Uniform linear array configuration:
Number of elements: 16
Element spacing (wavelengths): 0.75
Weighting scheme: hamming
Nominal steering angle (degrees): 60
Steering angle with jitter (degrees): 60.241
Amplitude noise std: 0.05
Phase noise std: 0.05

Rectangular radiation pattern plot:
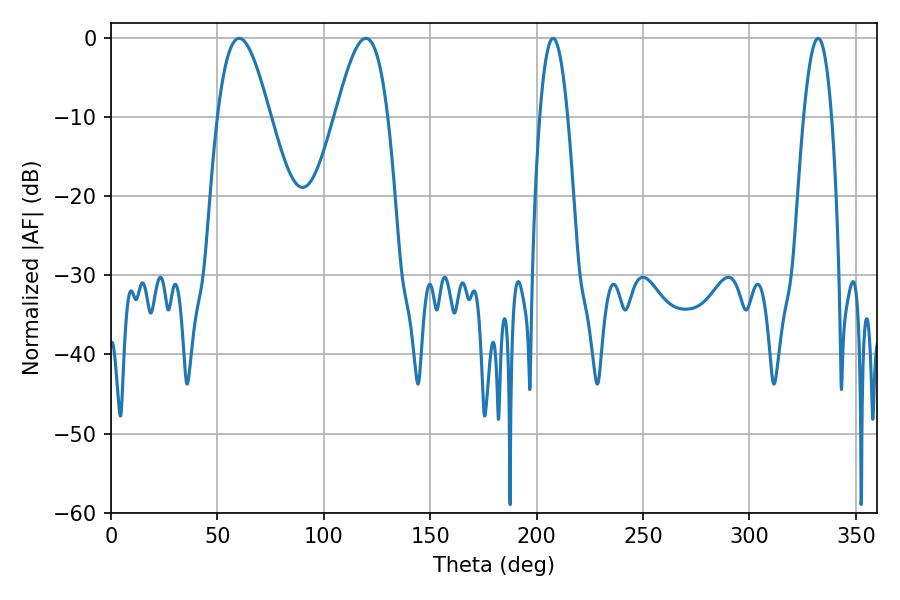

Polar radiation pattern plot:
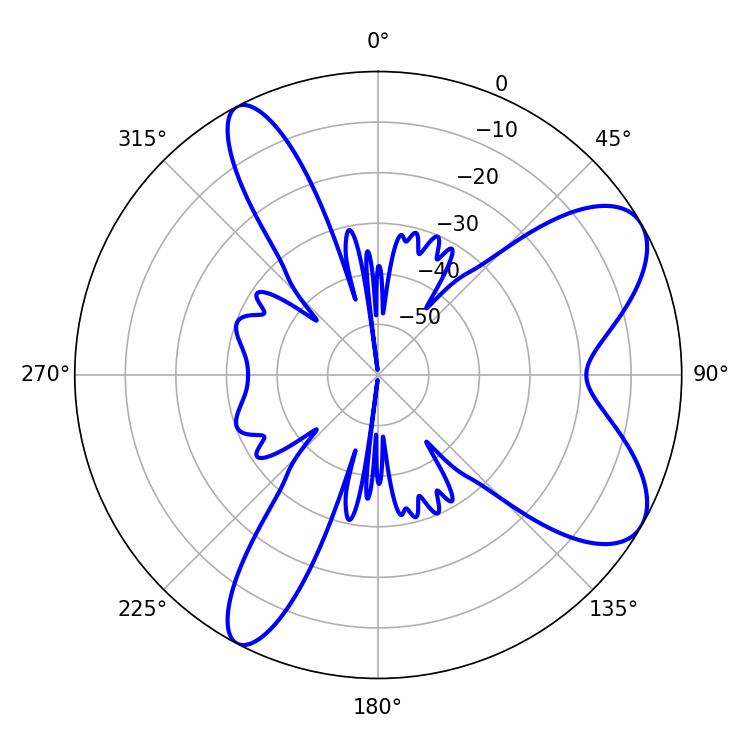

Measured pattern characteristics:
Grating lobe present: TRUE
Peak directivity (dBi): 7.926
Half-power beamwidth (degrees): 7.2
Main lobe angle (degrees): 332.28